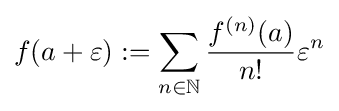
f(a+\varepsilon ):=\sum \limits _{n\in \mathbb {N} }{\frac {f^{(n)}(a)}{n!}}\varepsilon ^{n}